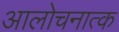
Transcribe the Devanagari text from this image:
आलोचनात्क